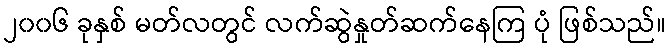
၂၀၀၆ ခုနှစ် မတ်လတွင် လက်ဆွဲနှုတ်ဆက်နေကြ ပုံ ဖြစ်သည်။